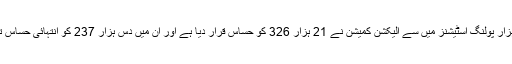
ملک بھر میں نوے ہزار پولنگ اسٹیشنز میں سے الیکشن کمیشن نے 21 ہزار 326 کو حساس قرار دیا ہے اور ان میں دس ہزار 237 کو انتہائی حساس تصور کیا جارہا ہے۔